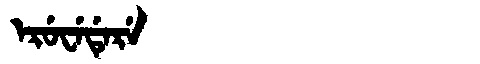
Manchu: ᡝᡵᡠᠸᡝᡩᡝᡵᡝ
Romanization: ERUWEDERE